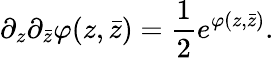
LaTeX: \partial_{z}\partial_{\bar{z}}\varphi(z,\bar{z})={\frac{1}{2}}e^{\varphi(z,\bar{z})}.